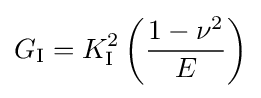
G_{\rm {I}}=K_{\rm {I}}^{2}\left({\frac {1-\nu ^{2}}{E}}\right)